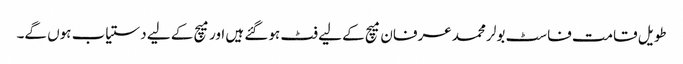
طویل قامت فاسٹ بولر محمد عرفان میچ کے لیے فٹ ہوگئے ہیں اور میچ کے لیے دستیاب ہوں گے۔